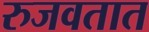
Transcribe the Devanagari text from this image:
रुजवतात